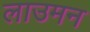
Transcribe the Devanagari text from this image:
लाउमन